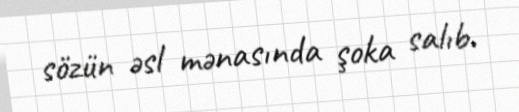
sözün əsl mənasında şoka salıb.